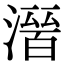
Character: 𭲒